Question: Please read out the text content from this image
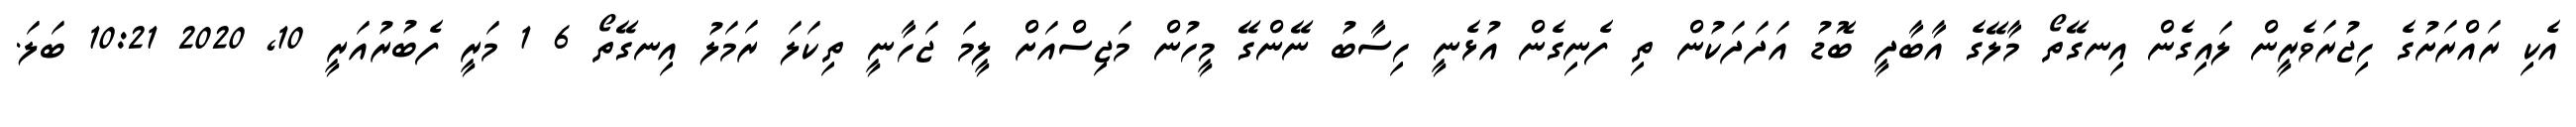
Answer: އެކި ރައްރަށުގެ ހިޖުރަވެރީން ލައިގެން އިނގޭތޯ މާލޭގެ އާބާދީ ބޮޑު އަދަދަކުން ތި ފެނިގެން އުޅެނީ ހިސާބު ނޭންގޭ މީހުން މަޖިސްއަށް ލީމަ ޖަހާނީ ތިކަލަ ރަމަލު އިނގޭތޯ 6 1 މަރީ ފެބުރުއަރީ 10, 2020 10:21 ބަލަ.